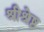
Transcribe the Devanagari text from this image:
श्रीश्रेष्ठ